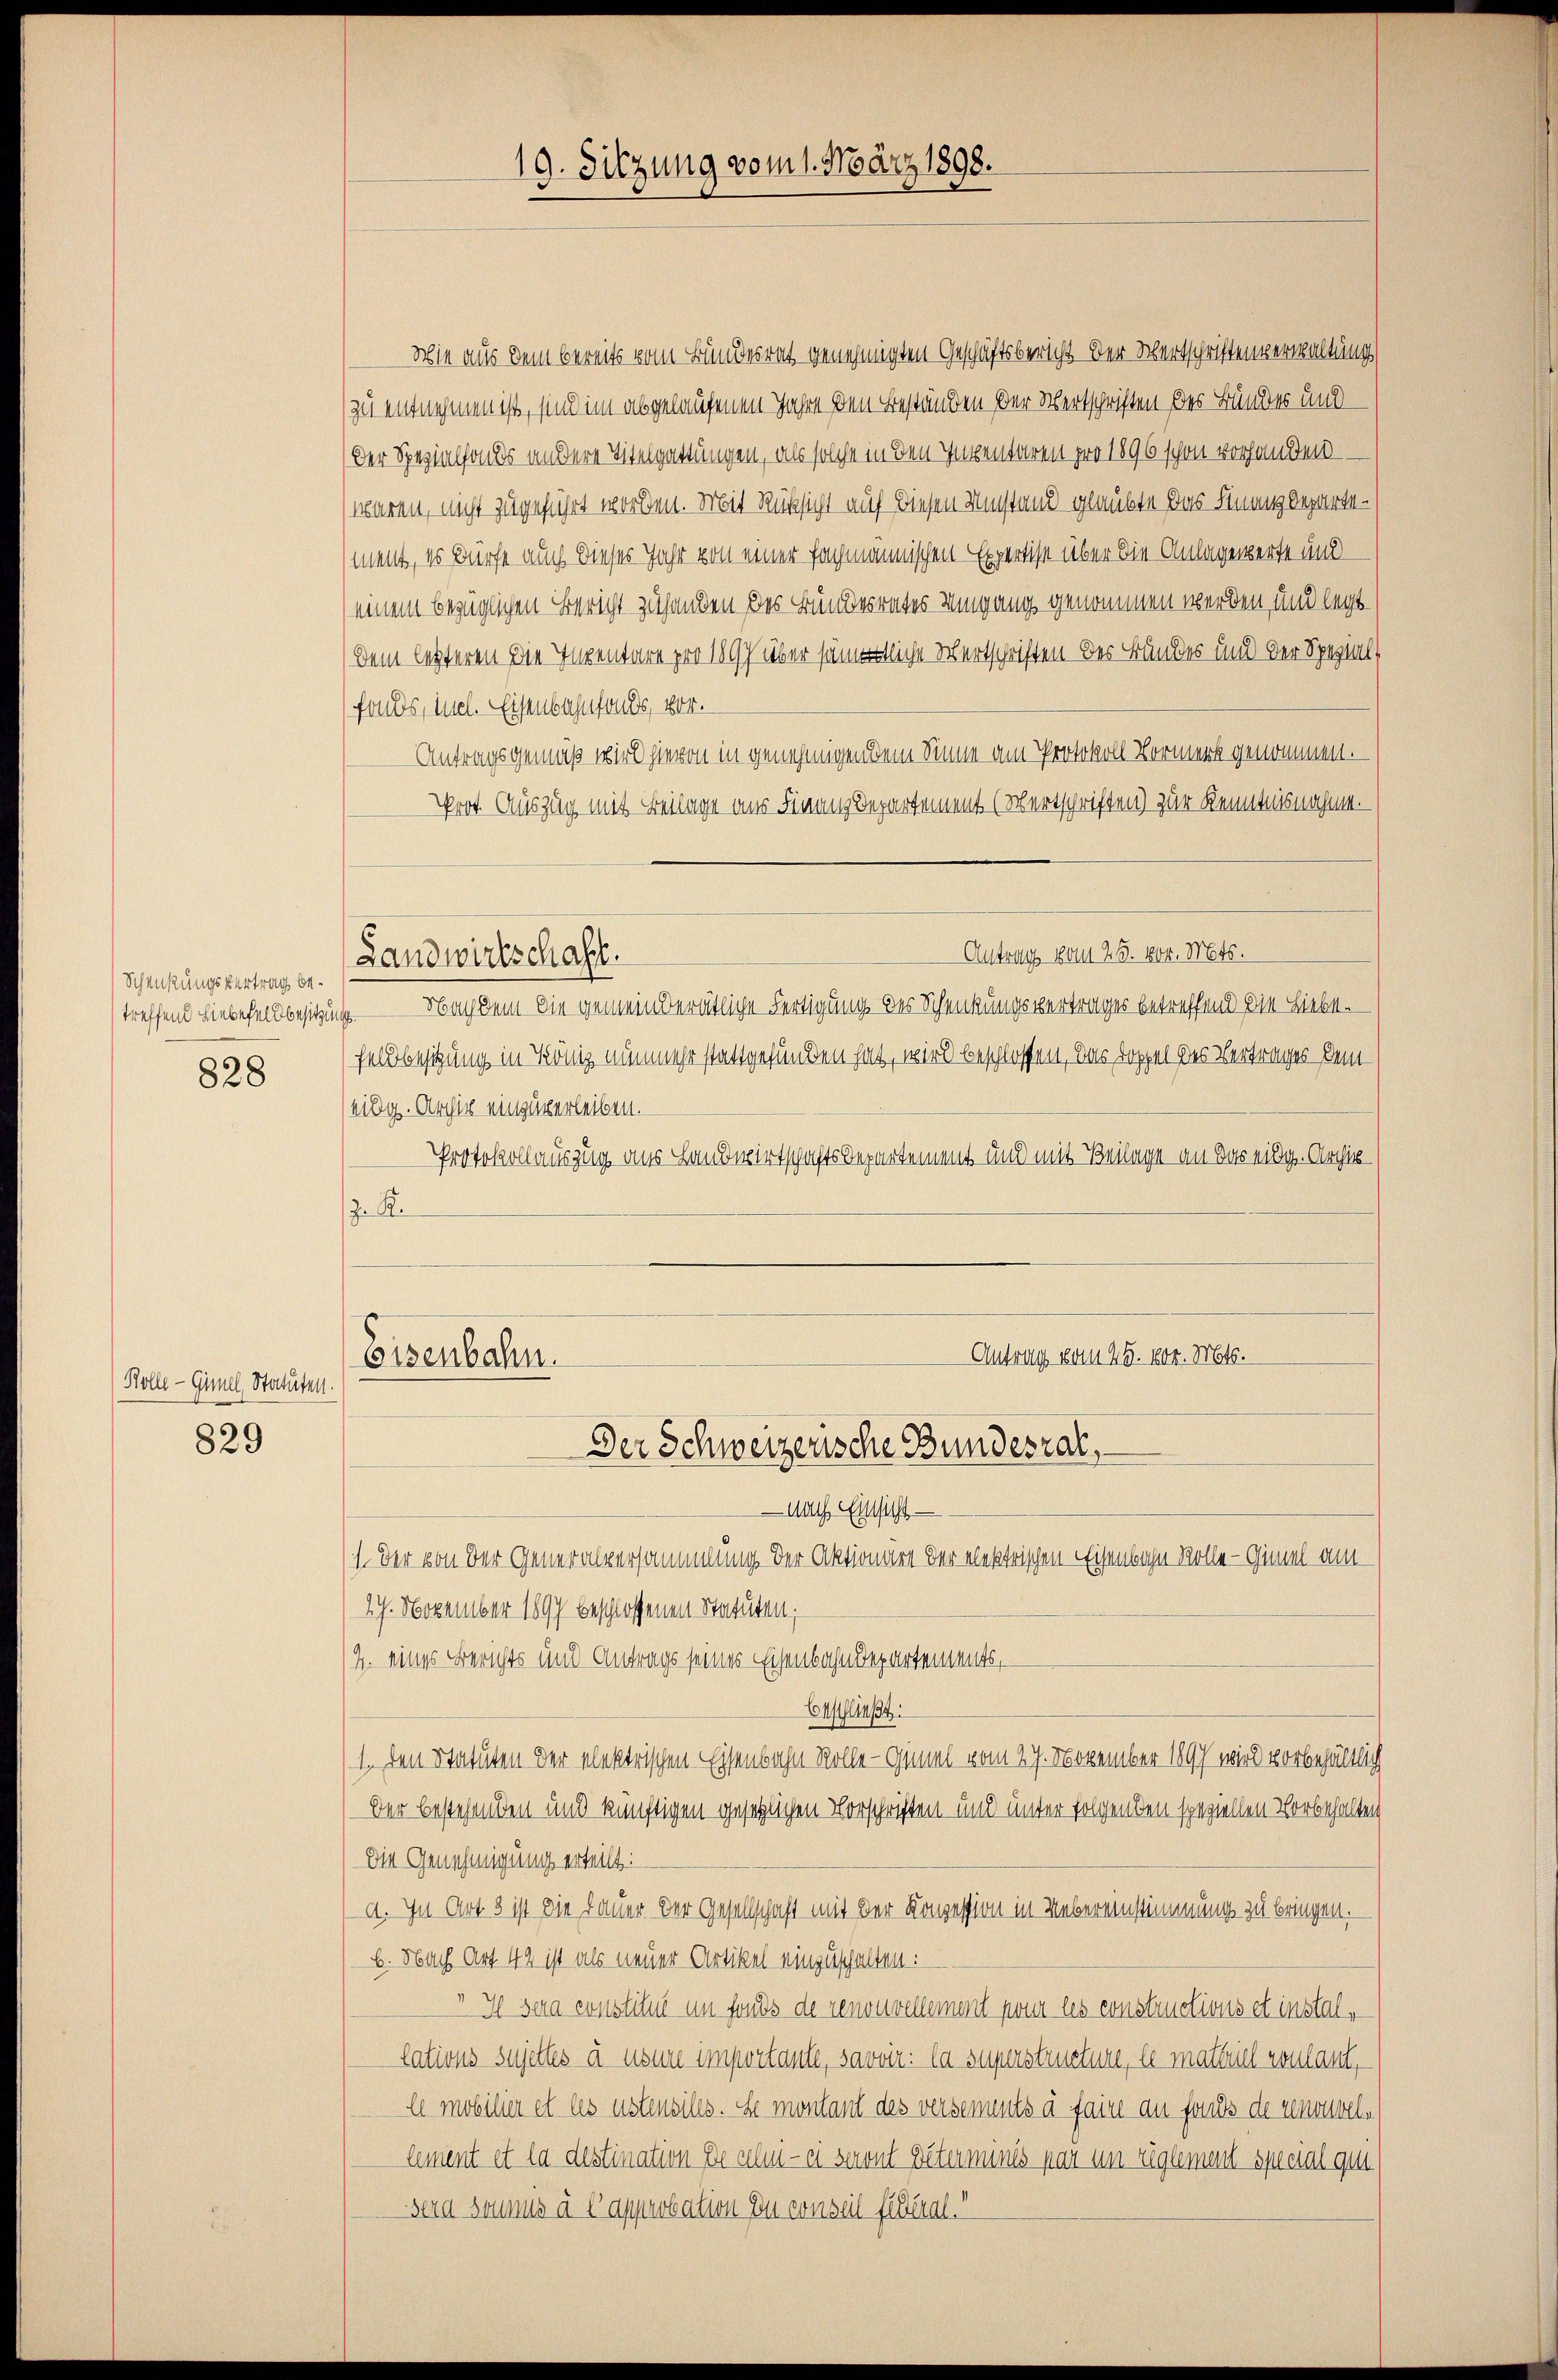
Schenkungsvertrag betreffend Liebefeldbesitzung.

828

Rolle - Gimel, Statutelt.

829

Wie aus dem bereits vom Bundesrat genehmigten Geschäftsbericht der Wertschriftenverwaltungs
zu entnehmen ist, sind im abgelaufenen Jahre den Beständen der Wertschriften des Bundes und
Der Spezialfonds andere Titelgattungen, als solche in den Inventaren pro 1896 schon vorhanden
waren, nicht zugeführt worden. Mit Rücksicht auf diesen Umstand glaubte das Finanzdepartement, es dürfe auch dieses Jahr von einer fachmannischen Expertise über die Anlagewerte und
einem bezüglichen Bericht zuhanden des Bundesrates Umgang genommen werden und legt
Dem letzteren Die Inventare pro 1807 über sämmtliche Wertschriften des Bundes und der Spezial-
fonds, mel. Eisenbahnfonds, vor.
Antragsgemäß wird hievon in genehmigen dem Sinne am Protokoll Vormerk genommen.
Prot. Auszug mit Beilage aus Finanz Departement (Wertschriften) zur Kenntnisnahme.
Antrags vom 25. vor. Mts.
Landwirtschafft.
Nachdem die gemeinderätliche Fertigung des Schenkungsvertrages betreffend die Liebst
Feldbesitzung in König nunmehr stattgefunden hat, wird beschlossen, das Doppel des Vertrages dem
eidg. Archiv einzuverleiben.
Protokollauszug aus Landwirtschaftsdepartement und mit Beilage an das eidg. Archiv
z. R.

19. Sitzung vom 1. März 1898.

Antrag vom 25. vor. Mts.
Eisenbahn.

Der Schweizerische Bundesrat,
— nach Einsicht
1. Der von der Generalversammlung der Aktionart der elektrischen Eisenbahn Wolle - Gimel am
27. November 1897 beschlossenen Statuten;
2. eines Berichts und Antrags seines Eisenbahndepartements,
beschließt:
1. Den Statuten der elektrischen Eisenbahn Rolle - Gimal vom 27. November 1897 wird vorbehältlich
Der bestehenden und künftigen gesetzlichen Vorschriften und unter folgenden speziellen Vorbehalten
Die Genehmigung erteilt:
a. In Art. 3 ist die Dauer der Gesellschaft mit der Konzession in Uebereinstimmung zu bringen.
b. Nach Art. 42 ist als neuer Artikel einzuschalten.
 I sera constitut im fonds de renouvellement pour les constructions et installations sujettes à usure importante, savoir: la superstructure, le materiel voulant,
A mobilier et les ustensiles. Se montant des versements à faire au fonds de renouvellement et la destination de celui-ci seront Peterminés par um Eglement special gut
Sera soumis à l’approbation zu conseil filial.